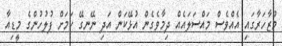
މުޒާހަރާގައި އެއްވެސް މައްސަލައެއް ދިމާވެގެން އުޅޭކަން އަދި ނޭނގޭ ކަމަށް ފުލުހުންގެ މީޑިއާ